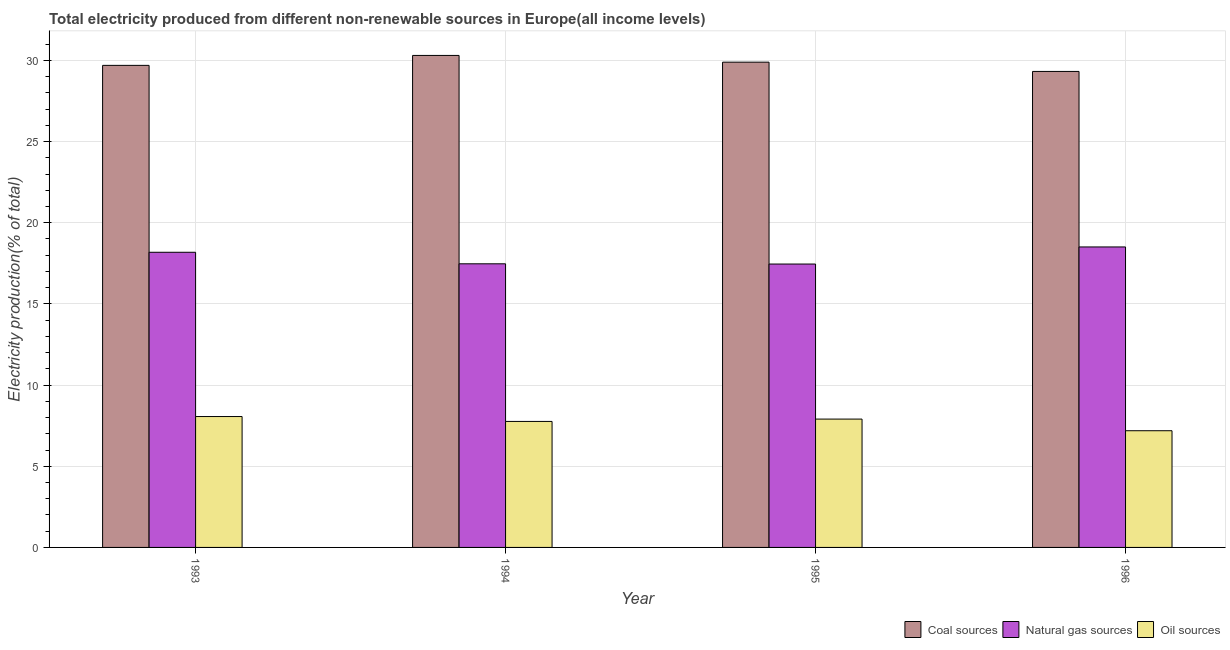
| Year | Coal sources | Natural gas sources | Oil sources |
 | --- | --- | --- | --- |
 | 1993 | 29.7 | 18.2 | 8.06 |
 | 1994 | 30.3 | 17.5 | 7.76 |
 | 1995 | 29.9 | 17.5 | 7.91 |
 | 1996 | 29.3 | 18.5 | 7.19 |